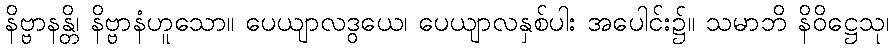
နိဗ္ဗာနန္တိ၊ နိဗ္ဗာနံဟူသော။ ပေယျာလဒွယေ၊ ပေယျာလနှစ်ပါး အပေါင်း၌။ သမာဘိ နိဝိဋ္ဌေသု၊